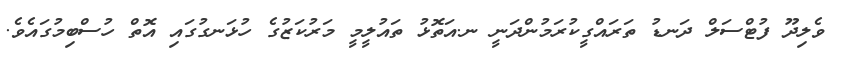
ވެލިދޫ ފުޓްސަލް ދަނޑު ތަރައްގީކުރަމުންދަނީ ނ.އަތޮޅު ތައުލީމީ މަރުކަޒުގެ ހުޅަނގުގައި އޮތް ހުސްބިމުގައެވެ.